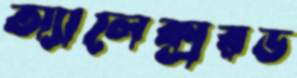
অ্যালেক্সরড